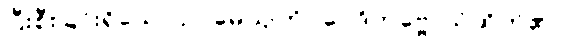
ပြီးစီးခြင်းရှိသော ဥပမေယျကို။ ဝေဒိတဗ္ဗေ၊ သိထိုက်၏။